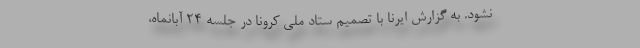
نشود. به گزارش ایرنا با تصمیم ستاد ملی کرونا در جلسه ۲۴ آبانماه،